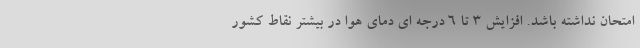
امتحان نداشته باشد. افزایش ۳ تا ۶ درجه ای دمای هوا در بیشتر نقاط کشور